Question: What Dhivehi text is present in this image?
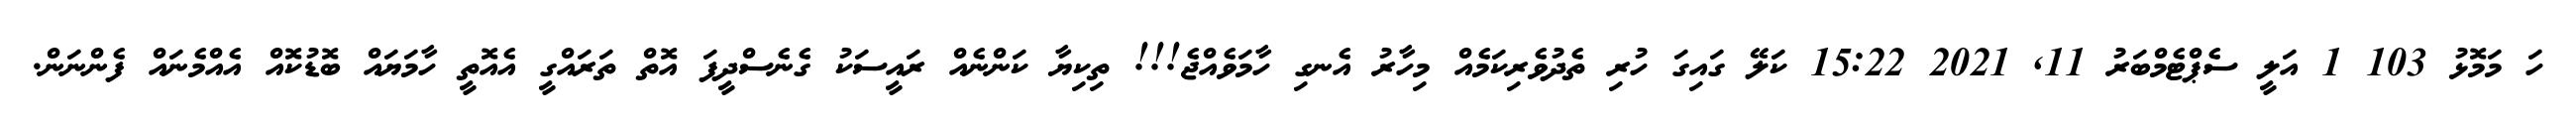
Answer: ހަ މަމޮޅު 103 1 އަލީ ސެޕްޓެމްބަރު 11, 2021 15:22 ކަލޭ ގައިގަ ހުރި ތެދުވެރިކަމެއް މިހާރު އެނގި ހާމަވެއްޖެ!!! ތިކިޔާ ކަންނެއް ރައީސަކު ގެނެސްދީފަ އޮތް ތަރައްގީ އެއޮތީ ހާމަޔައް ބޮޑުކޮއް އެއްމެނައް ފެންނަން.